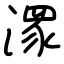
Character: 潈